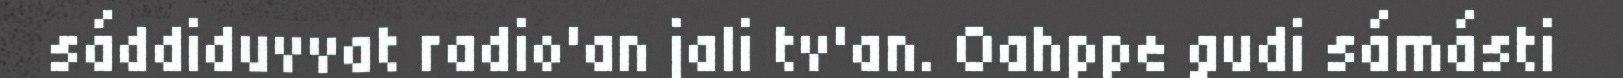
sáddiduvvat radio'an jali tv'an. Oahppe gudi sámásti